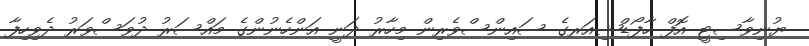
ޔުނިވާސިޓީ އޮފް ހާފޯޑްޝިއަރގެ ސައިންސްވެރިން މިހާރު ދަނީ އަންހެނުންގެ މައްސަރު ދުވަސްވަރު ދެވިހިފާ